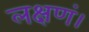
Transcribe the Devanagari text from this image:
लक्षणं।